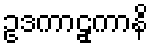
ဥဒကာဠှကာနိ